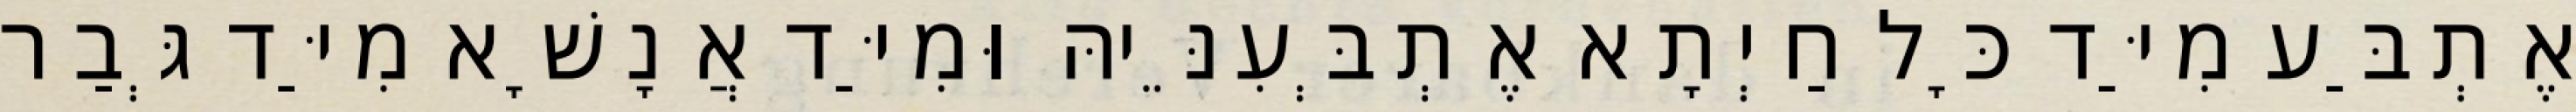
אֶתְבַּע מִיַּד כָּל חַיְתָא אֶתְבְּעִנֵּיהּ וּמִיַּד אֲנָשָׁא מִיַּד גְּבַר